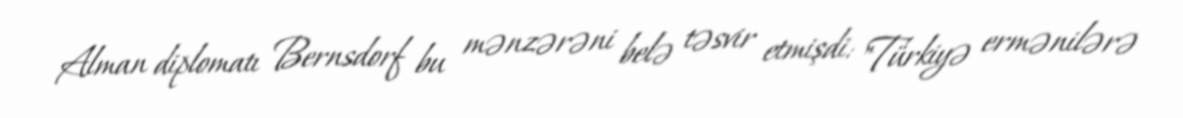
Alman diplomatı Bernsdorf bu mənzərəni belə təsvir etmişdi: "Türkiyə ermənilərə